Civil Veterinary Department. United Provinces 1932-42 - 1932-1942
Year: 1932
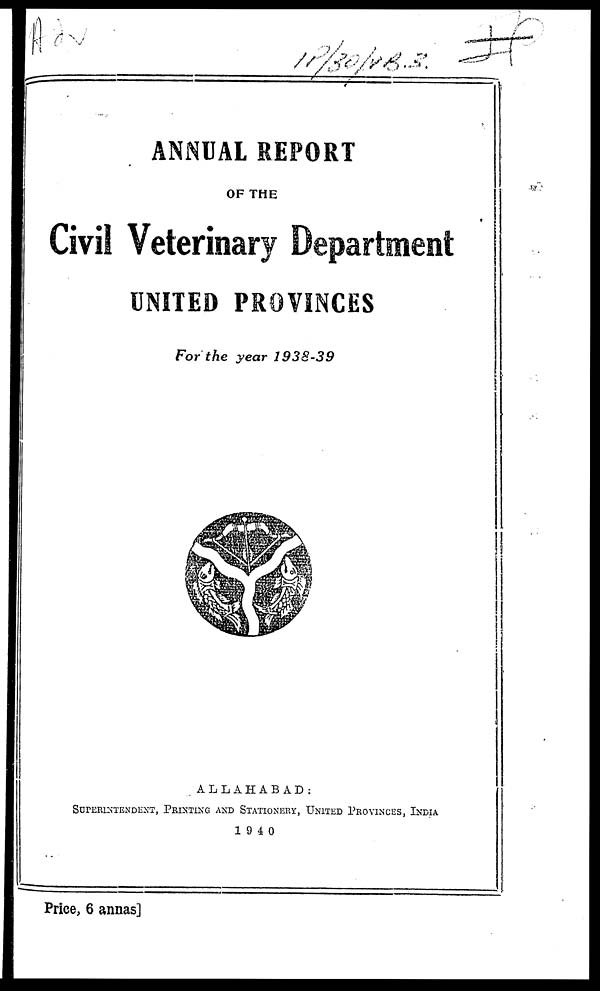
ANNUAL REPORT
OF THE
Civil Veterinary Department
UNITED PROVINCES
For the year 1938-39
ALLAHABAD:
SUPERINTENDENT, PRINTING AND STATIONERY, UNITED PROVINCES, INDIA
1940
Price, 6 annas]